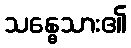
သန္ဓေသား၏